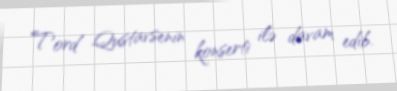
Tord Qustavsenin konserti ilə davam edib.